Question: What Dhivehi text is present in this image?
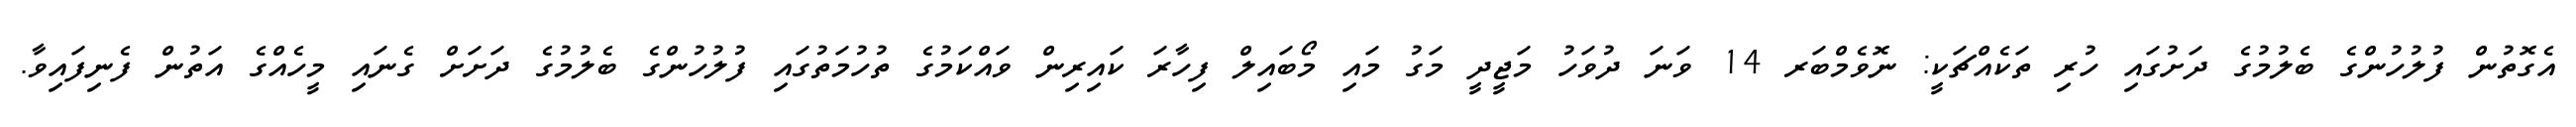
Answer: އެގޮތުން ފުލުހުންގެ ބެލުމުގެ ދަށުގައި ހުރި ތަކެއްޗަކީ: ނޮވެމްބަރ 14 ވަނަ ދުވަހު މަޖީދީ މަގު މައި މޯބައިލް ފިހާރަ ކައިރިން ވައްކަމުގެ ތުހުމަތުގައި ފުލުހުންގެ ބެލުމުގެ ދަށަށް ގެނައި މީހެއްގެ އަތުން ފެނިފައިވާ.